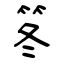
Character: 笗